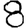
Digit: 8